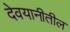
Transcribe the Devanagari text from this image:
देवयानीतील